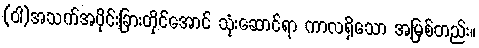
(ဝါ)အသက်အပိုင်းခြားတိုင်အောင် သုံးဆောင်ရာ ကာလရှိသော အမြစ်တည်း။